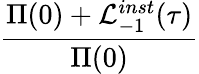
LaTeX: \frac{\Pi(0)+\mathcal{L}_{-1}^{inst}(\tau)}{\Pi(0)}